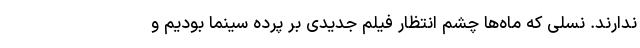
ندارند. نسلی که ماه‌ها چشم انتظار فیلم جدیدی بر پرده سینما بودیم و